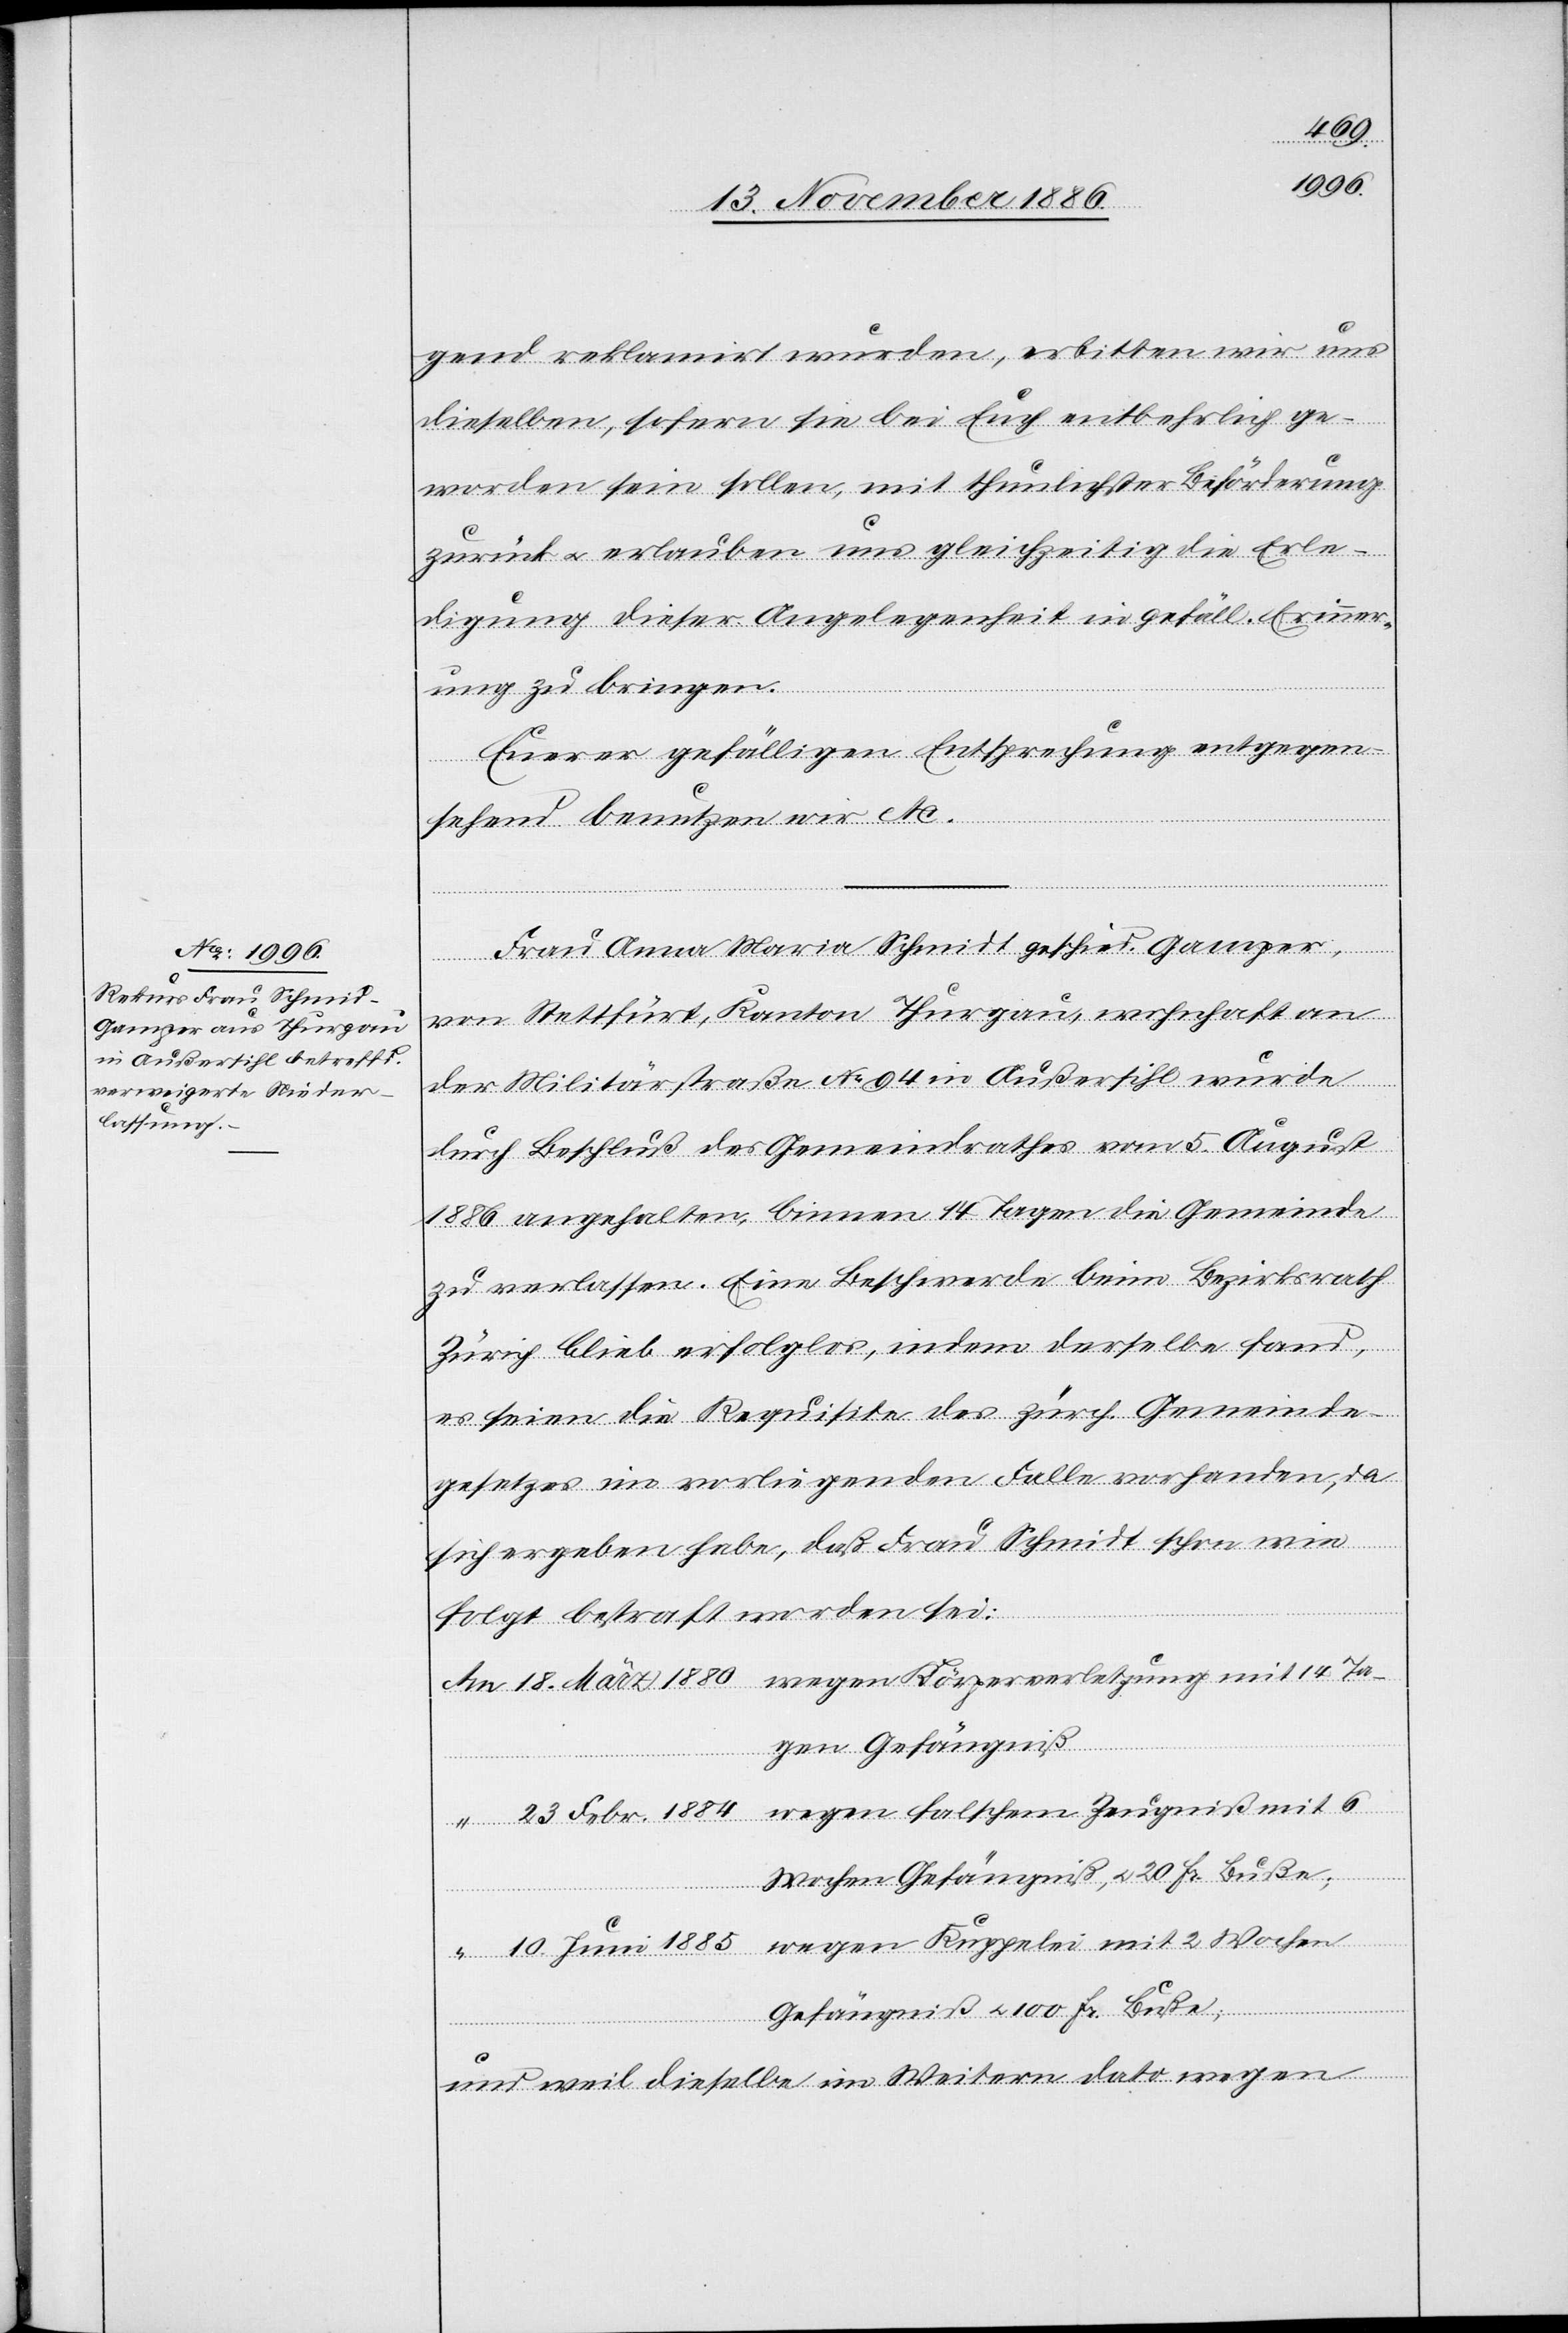
1885
1884
gend reklamirt wurden, erbitten wir uns
dieselben, sofern sie bei Euch entbehrlich ge¬
worden sein sollen, mit thunlichster Beförderung
zurück & erlauben uns gleichzeitig die Erle¬
digung dieser Angelegenheit in gefäll. Erinner¬
ung zu bringen.
Euerer gefälligen Entsprechung entgegen¬
sehend benutzen wir etc.
Frau Anna Maria Schmidt [sic!] geschied. Gamper,
wegen
von Stettfürt, Kanton Thurgau, wohnhaft an
der Militärstraße No 94 in Außersihl wurde
durch Beschluß des Gemeindrathes vom 5. August
1886 angehalten, binnen 14 Tagen die Gemeinde
zu verlassen. Eine Beschwerde beim Bezirksrath
2
Zürich blieb erfolglos, indem derselbe fand,
es seien die Requisite des zürch. Gemeinde¬
gesetzes im vorliegenden Falle vorhanden, da
sich ergeben habe, daß Frau Schmidt schon wie
folgt bestraft worden sei:
Juni
gen Gefängniß
Wochen Gefängniß & 100 Fr. Buße;
und weil dieselbe im Weitern dato wegen